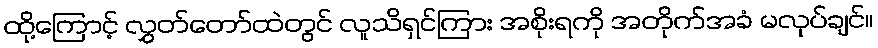
ထို့ကြောင့် လွှတ်တော်ထဲတွင် လူသိရှင်ကြား အစိုးရကို အတိုက်အခံ မလုပ်ချင်။